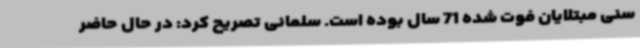
سنی مبتلایان فوت شده 71 سال بوده است. سلمانی تصریح کرد: در حال حاضر